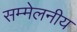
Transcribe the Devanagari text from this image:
सम्मेलनीय